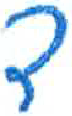
אות: ד